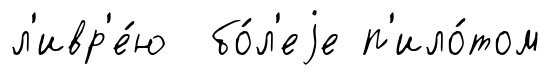
л'ивр'е́ю бо́л'еjе п'ило́том